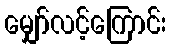
မျှော်လင့်ကြောင်း